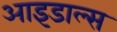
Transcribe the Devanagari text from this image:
आइडाल्स